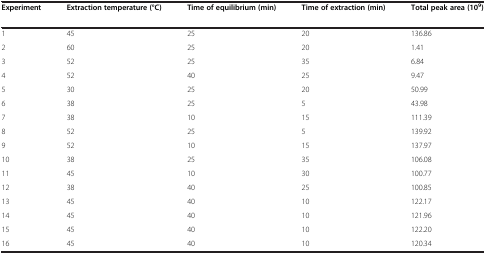
<table><thead><tr><td><b>Experiment</b></td><td><b>Extraction temperature (°C)</b></td><td><b>Time of equilibrium (min)</b></td><td><b>Time of extraction (min)</b></td><td><b>Total peak area (10<sup>9</sup>)</b></td></tr><tr><td>[EMPTY_CELL]</td><td>[EMPTY_CELL]</td><td>[EMPTY_CELL]</td><td>[EMPTY_CELL]</td><td>[EMPTY_CELL]</td></tr></thead><tbody><tr><td>1</td><td>45</td><td>25</td><td>20</td><td>136.86</td></tr><tr><td>2</td><td>60</td><td>25</td><td>20</td><td>1.41</td></tr><tr><td>3</td><td>52</td><td>25</td><td>35</td><td>6.84</td></tr><tr><td>4</td><td>52</td><td>40</td><td>25</td><td>9.47</td></tr><tr><td>5</td><td>30</td><td>25</td><td>20</td><td>50.99</td></tr><tr><td>6</td><td>38</td><td>25</td><td>5</td><td>43.98</td></tr><tr><td>7</td><td>38</td><td>10</td><td>15</td><td>111.39</td></tr><tr><td>8</td><td>52</td><td>25</td><td>5</td><td>139.92</td></tr><tr><td>9</td><td>52</td><td>10</td><td>15</td><td>137.97</td></tr><tr><td>10</td><td>38</td><td>25</td><td>35</td><td>106.08</td></tr><tr><td>11</td><td>45</td><td>10</td><td>30</td><td>100.77</td></tr><tr><td>12</td><td>38</td><td>40</td><td>25</td><td>100.85</td></tr><tr><td>13</td><td>45</td><td>40</td><td>10</td><td>122.17</td></tr><tr><td>14</td><td>45</td><td>40</td><td>10</td><td>121.96</td></tr><tr><td>15</td><td>45</td><td>40</td><td>10</td><td>122.20</td></tr><tr><td>16</td><td>45</td><td>40</td><td>10</td><td>120.34</td></tr></tbody></table>